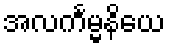
အလင်္ကမ္မနိယေ